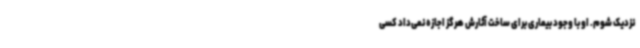
نزدیک شوم. او با وجود بیماری برای ساخت آثارش هرگز اجازه نمی‌داد کسی